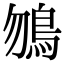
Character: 𩾲